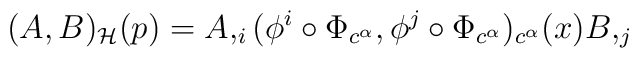
(A,B)_{\cal H}(p) = A,_i (\phi^i \circ \Phi_{c^{\alpha}},\phi^j \circ \Phi_{c^{\alpha}})_{c^{\alpha}} (x) B,_j